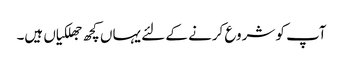
آپ کو شروع کرنے کے لئے یہاں کچھ جھلکیاں ہیں۔